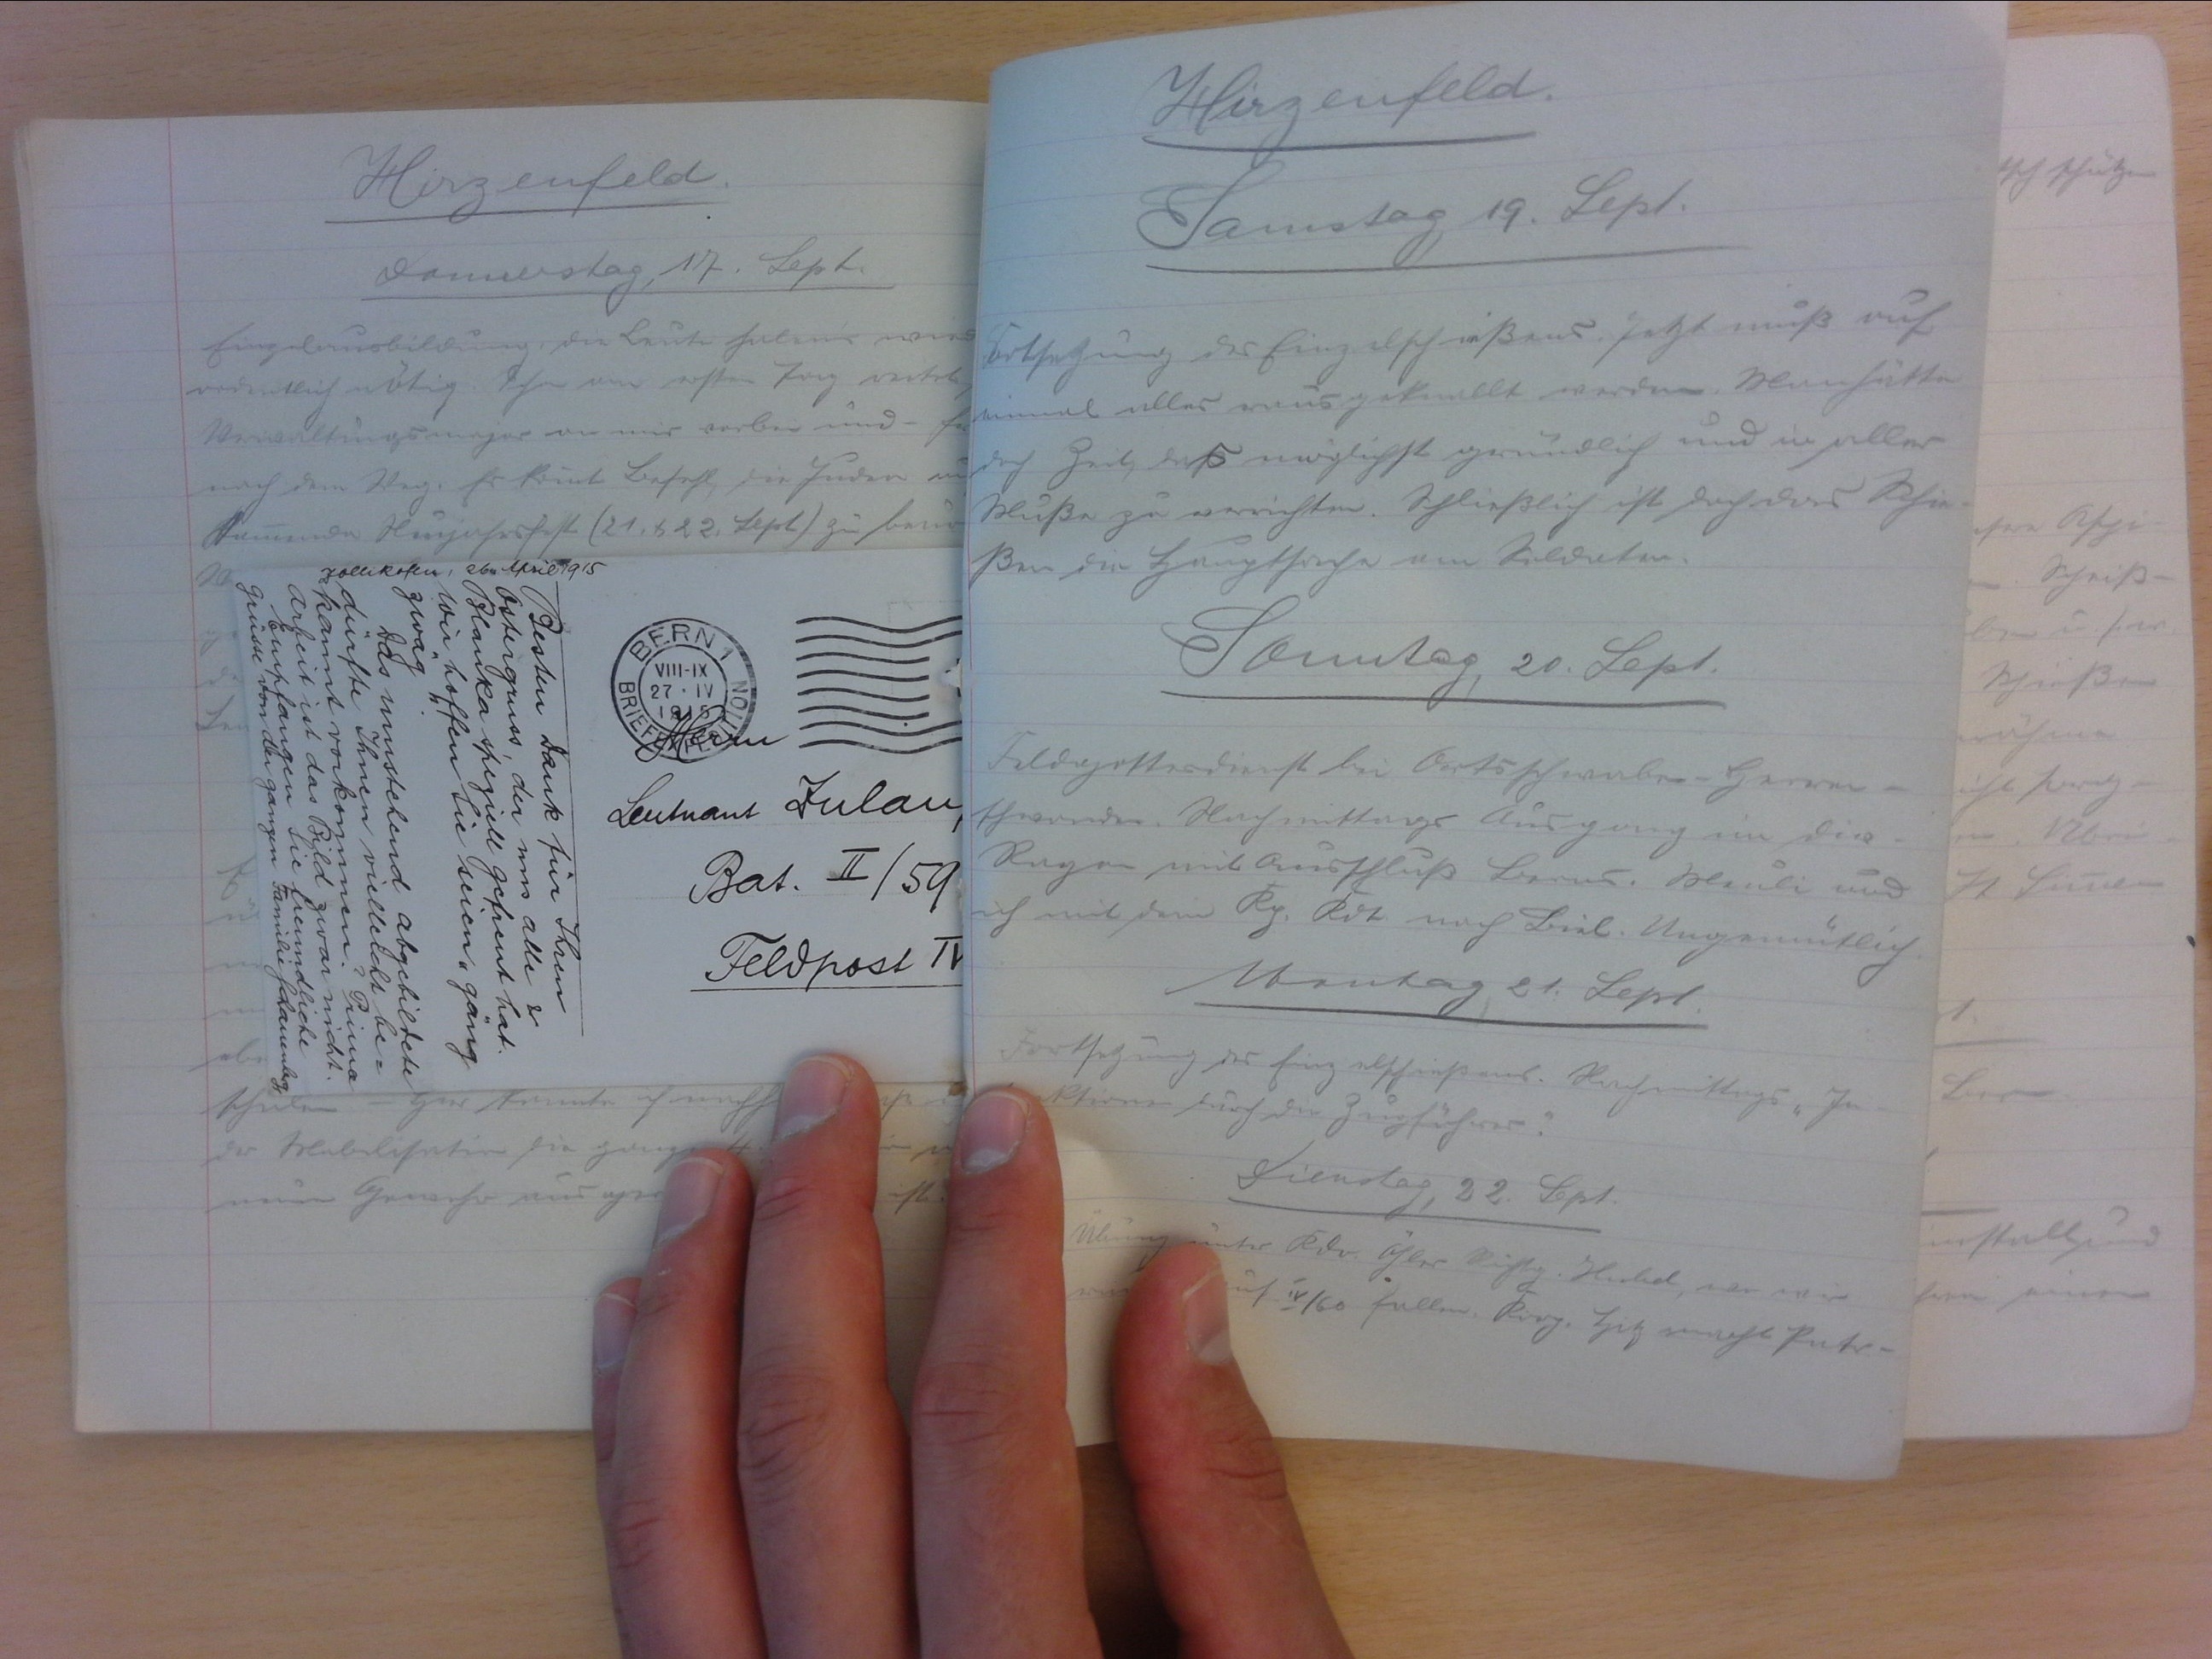
Hirzenfeld
Samstag, 19. Sept.
Fortsetzung des Einzelschiessens. Jetzt muss auf
einmal alles rausgeknallt werden. Man hätte
doch Zeit, das möglichst gründlich un in aller
Muse zu verrichten. Schliesslich ist doch das Schie-
ssen die Hauptsache um Soldaten.
Samstag, 20. Sept.
Feldgottesdienst bei Ortsschwaben-Herren-
schwanden. Nachmittags Ausgang in dies.
Rayon mit Ausschluss Berns. Meuli und
ich mit dem Kp. Kdt. nach Biel. Ungemütlich.
Montag, 21. Sept.
Fortsetzung des Einzelschiessens. Nachmittags "In-
spektion durch die Zugführer".
Dienstag, 22. Sept.
Übung unter Kdo Glor-Rüchty. Huchel, war wie
wir auf IV/60 fallen. Korp. Hitz macht